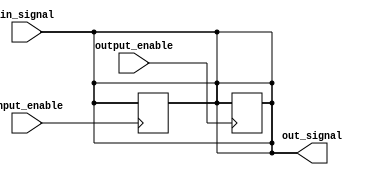
module ttl_buffer (
    input wire in_signal,
    input wire input_enable,
    output wire out_signal,
    input wire output_enable
);

assign out_signal = in_signal;

always @ (posedge input_enable)
begin
    if (input_enable)
        out_signal <= in_signal;
end

always @ (posedge output_enable)
begin
    if (output_enable)
        out_signal <= in_signal;
end

endmodule